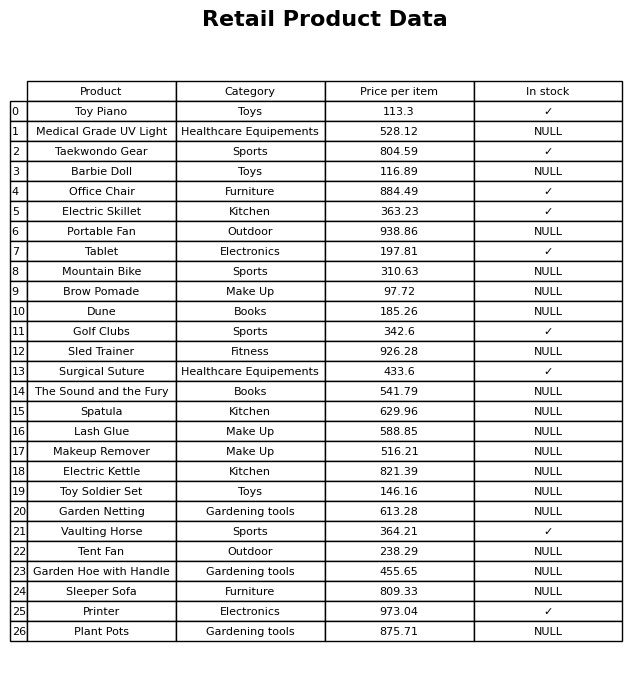
question: What is the price for Makeup Remover?
answer: The price of Makeup Remover is 516.21.